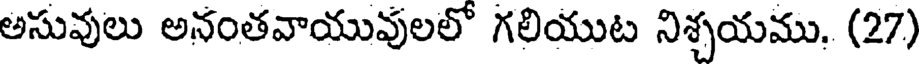
అసువులు అనంతవాయువులలో గలియుట నిశ్చయము. (27)